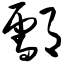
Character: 酃